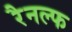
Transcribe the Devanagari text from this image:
रैनल्फ